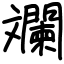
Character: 斕